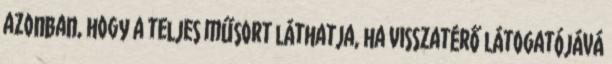
azonban, hogy a teljes műsort láthatja, ha visszatérő látogatójává